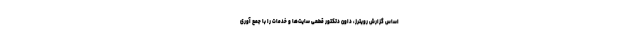
اساس گزارش رویترز، داون دتکتور قطعی سایت‌ها و خدمات را با جمع آوری